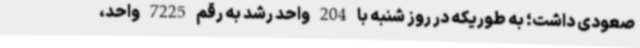
صعودی داشت؛ به طوریکه در روز شنبه با 204 واحد رشد به رقم 7225 واحد،